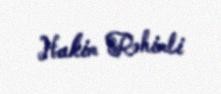
Hakim Rəhimli